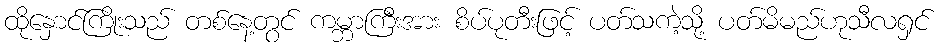
ထိုနှောင်ကြိုးသည် တစ်နေ့တွင် ကမ္ဘာကြီးအား စိပ်ပုတီးဖြင့် ပတ်သကဲ့သို့ ပတ်မိမည်ဟုသီလရှင်